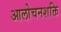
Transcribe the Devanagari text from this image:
आलोचनशक्ति